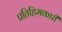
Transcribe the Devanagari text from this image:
प्रतिहिमकारी